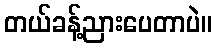
တယ်ခန့်ညားပေတာပဲ။